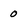
Character: 0